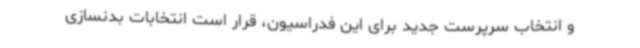
و انتخاب سرپرست جدید برای این فدراسیون، قرار است انتخابات بدنسازی